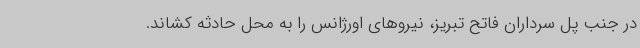
در جنب پل سرداران فاتح تبریز، نیروهای اورژانس را به محل حادثه کشاند.